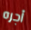
أجره